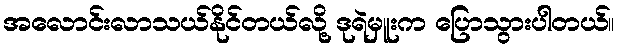
အလောင်းလာသယ်နိုင်တယ်လို့ ဒုရဲမှူးက ပြောသွားပါတယ်။